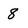
Character: 8